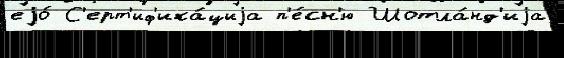
еjо́ С'ерт'иф'ика́циjа п'е́сн'ю Шотла́нд'иjа